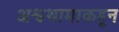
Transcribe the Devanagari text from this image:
अश्वथामाकडून